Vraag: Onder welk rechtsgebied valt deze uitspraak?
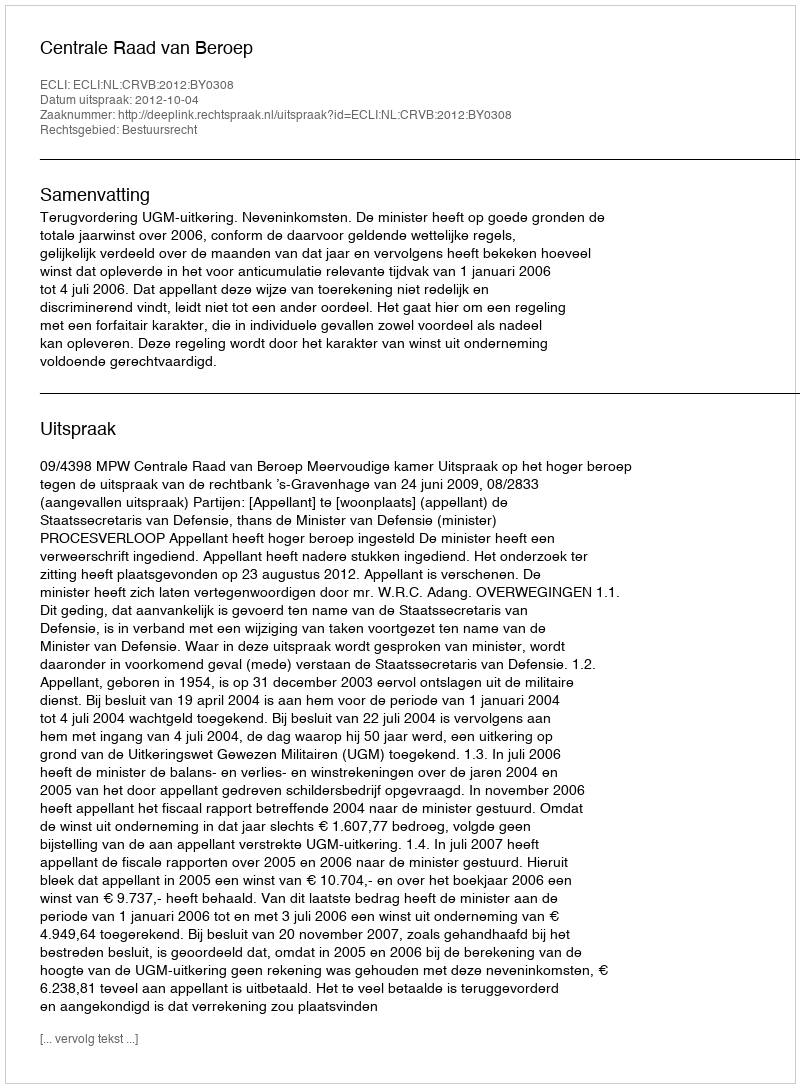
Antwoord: Bestuursrecht